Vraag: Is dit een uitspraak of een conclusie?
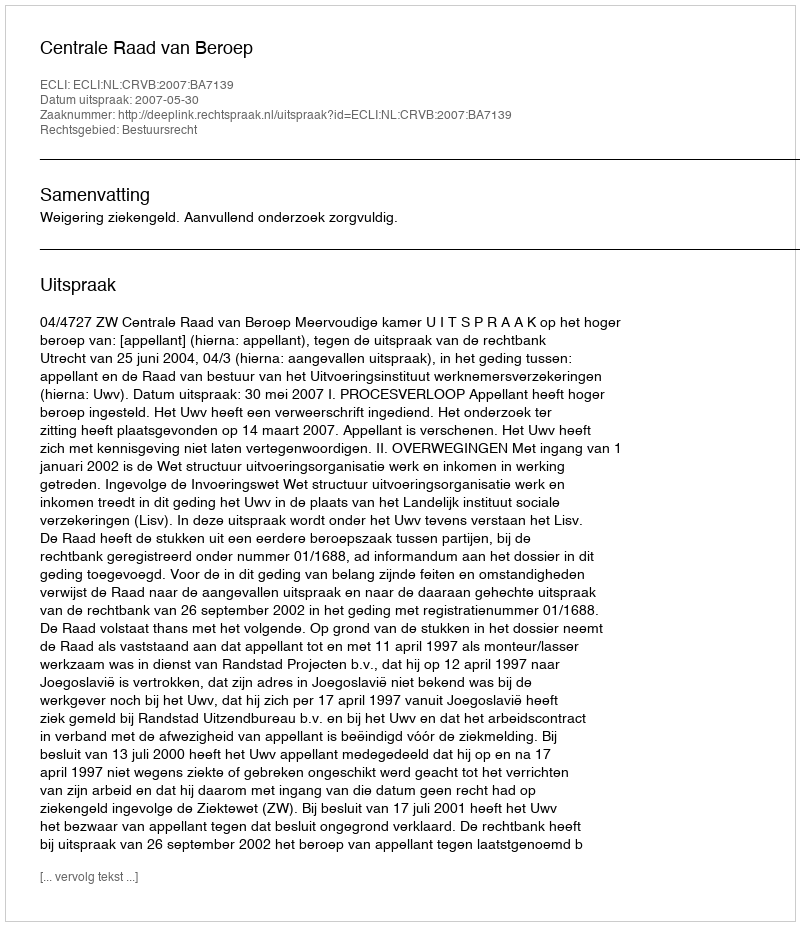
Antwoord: Uitspraak